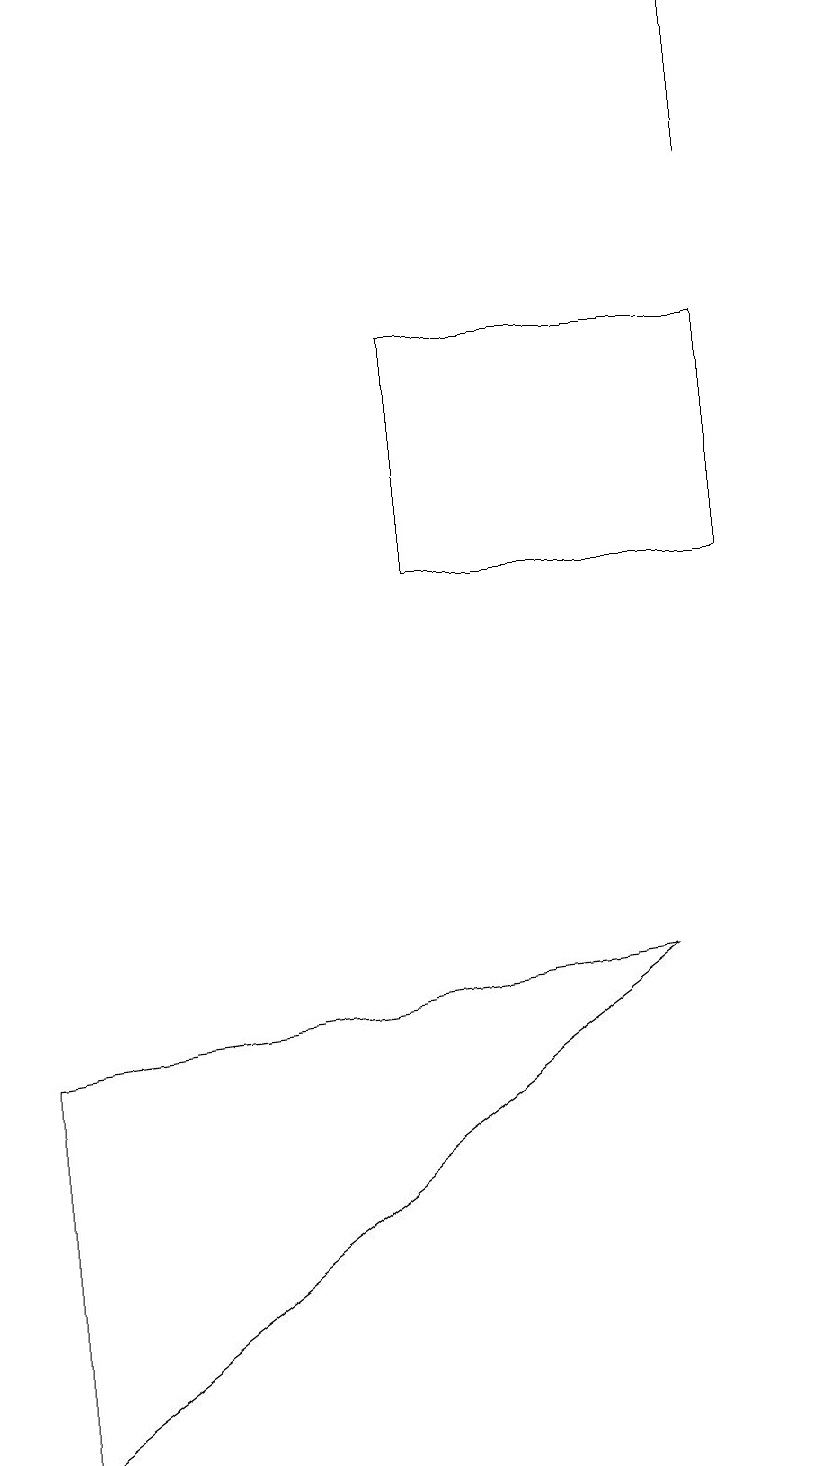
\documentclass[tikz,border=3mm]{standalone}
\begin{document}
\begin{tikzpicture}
\draw (8,7) -- (0,1) -- (0,6) -- cycle;
\draw (5,12) rectangle (9,15);
\draw (10,10) circle (0);
\draw (9,19) rectangle (9,17);
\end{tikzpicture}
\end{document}